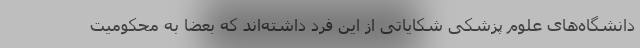
دانشگاه‌های علوم پزشکی شکایاتی از این فرد داشته‌اند که بعضا به محکومیت